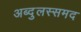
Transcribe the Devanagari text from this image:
अब्दुलस्समद